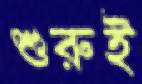
শুরুই